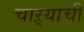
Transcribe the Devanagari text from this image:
चाऱ्याची